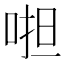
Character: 𠵆